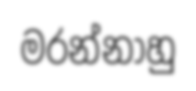
මරන්නාහු